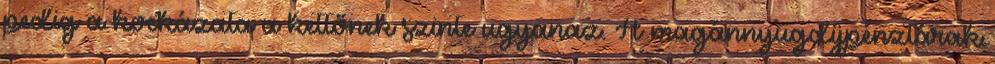
pedig a kockázata a kettőnek szinte ugyanaz. A magánnyugdíjpénztárak